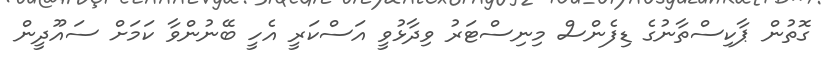
ގޮތުން ޕާކިސްތާނުގެ ޑިފެންސް މިނިސްޓަރު ވިދާޅުވީ އަސްކަރީ އެހީ ބޭނުންވާ ކަމަށް ސައޫދީން